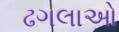
ઢગલાઓ